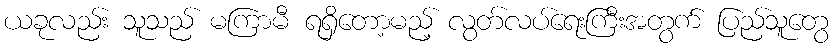
ယခုလည်း သူသည် မကြာမီ ရရှိတော့မည့် လွတ်လပ်ရေးကြီးအတွက် ပြည်သူတွေ